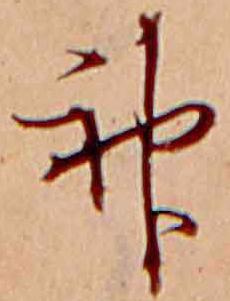
神